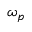
\omega _ { p }